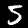
Digit: 5